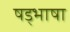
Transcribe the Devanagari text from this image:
षड्भाषा